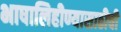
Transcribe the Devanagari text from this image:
भाषालिहीण्यासाठीची